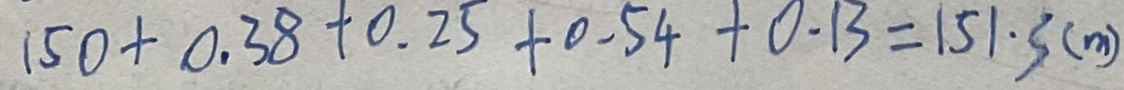
1 5 0 + 0 . 3 8 + 0 . 2 5 + 0 . 5 4 + 0 . 1 3 = 1 5 1 \cdot 3 ( m )